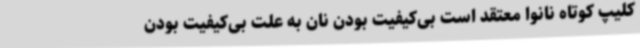
کلیپ کوتاه نانوا معتقد است بی‌کیفیت بودن نان به علت بی‌کیفیت بودن